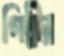
গিন্নীর